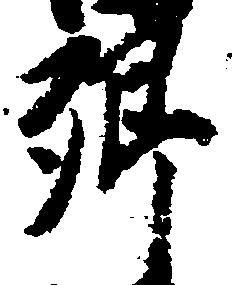
郷